Regulations for the medical services of the Army of India
Year: 1930
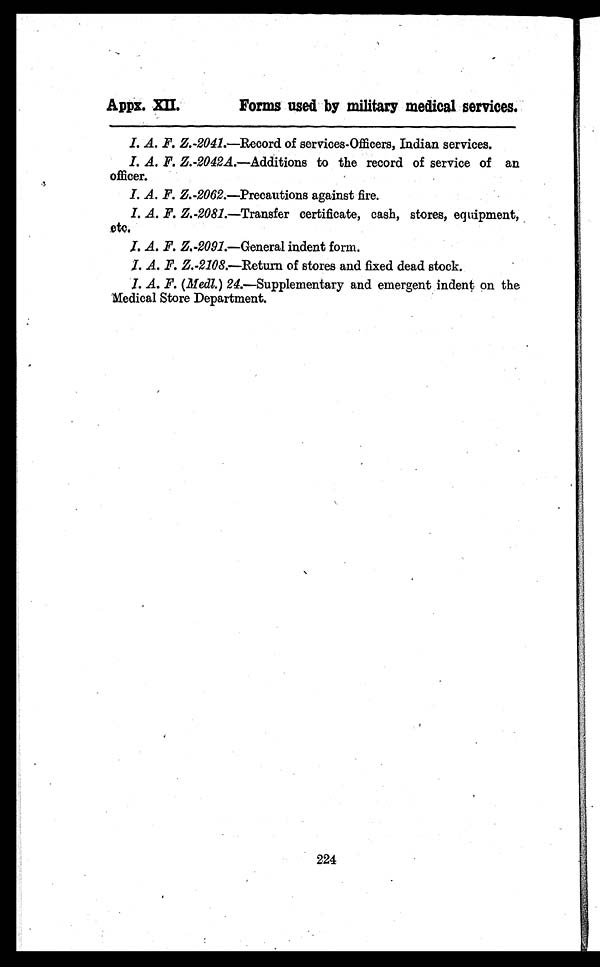
Appx. XII.
Forms used by military medical services.
I. A. F. Z.-2041.—Record of services-Officers, Indian services.
I. A. F. Z. -2042A .—Additions to the record of service of an
officer.
I. A. F. Z. -2062. —Precautions against fire.
I. A. F. Z.-2081.—Transfer certificate, cash, stores, equipment,
etc.
I. A. F. Z.-2091.—General indent form.
I. A. F. Z. -2108.—Return of stores and fixed dead stock.
I. A. F. (Medl.) 24.—Supplementary and emergent indent on the
Medical Store Department.
224